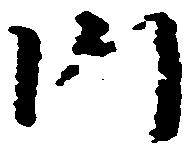
門